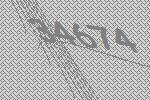
34674